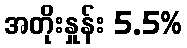
အတိုးနှုန်း 5.5%